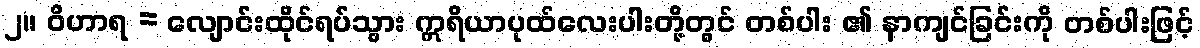
၂။ ဝိဟာရ = လျောင်းထိုင်ရပ်သွား ဣရိယာပုထ်လေးပါးတို့တွင် တစ်ပါး ၏ နာကျင်ခြင်းကို တစ်ပါးဖြင့်